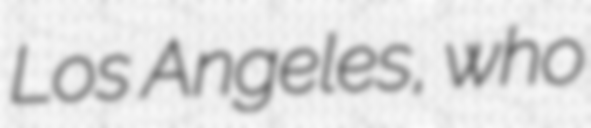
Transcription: Los Angeles, who